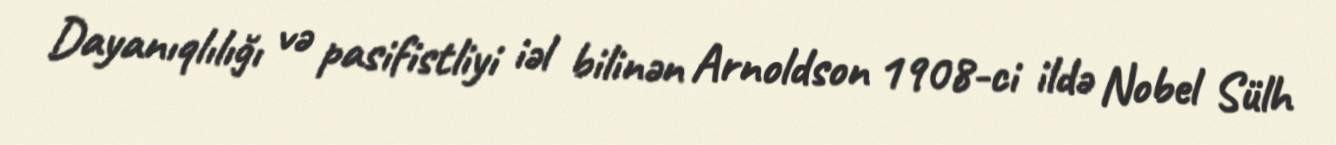
Dayanıqlılığı və pasifistliyi iəl bilinən Arnoldson 1908-ci ildə Nobel Sülh